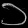
Digit: ၁